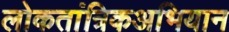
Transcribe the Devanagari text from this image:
लोकतांत्रिकअभियान